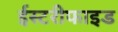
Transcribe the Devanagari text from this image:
ईस्टरीफाइड